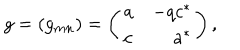
g = ( g _ { m n } ) = \left( \begin{array} { l r } { { a } } & { { - q c ^ { * } } } \\ { { c } } & { { a ^ { * } } } \\ \end{array} \right) ,